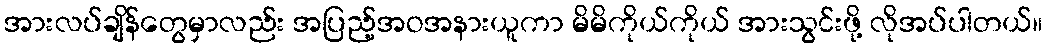
အားလပ်ချိန်တွေမှာလည်း အပြည့်အဝအနားယူကာ မိမိကိုယ်ကိုယ် အားသွင်းဖို့ လိုအပ်ပါတယ်။